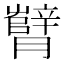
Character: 𬂘